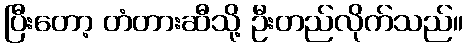
ပြီးတော့ တံတားဆီသို့ ဦးတည်လိုက်သည်။